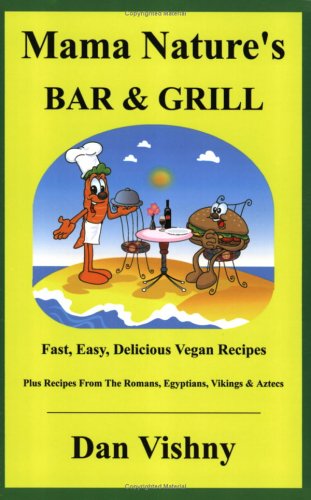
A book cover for Mama Nature's Bar & Grill; Dan Vishny; Health, Fitness & Dieting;